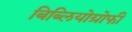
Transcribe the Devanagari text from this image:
बिब्लियोग्रोफी